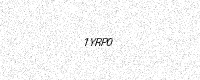
Text: 1YRP0